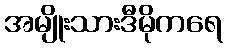
အမျိုးသားဒီမိုကရေ